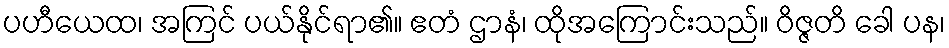
ပဟီယေထ၊ အကြင် ပယ်နိုင်ရာ၏။ ဧတံ ဌာနံ၊ ထိုအကြောင်းသည်။ ဝိဇ္ဇတိ ခေါ ပန၊